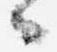
々